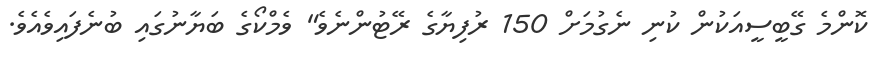
ކޮންމެ ގޭބީސީއަކުން ކުނި ނެގުމަށް 150 ރުފިޔާގެ ރޭޓުންނެވެ" ވެމްކޯގެ ބަޔާނުގައި ބުނެފައިވެއެވެ.